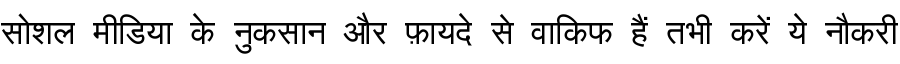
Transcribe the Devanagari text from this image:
सोशल मीडिया के नुकसान और फ़ायदे से वाकिफ हैं तभी करें ये नौकरी